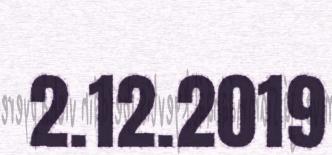
2.12.2019